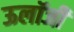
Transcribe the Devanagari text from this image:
ऊलॉजी